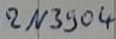
Text: 2N3904